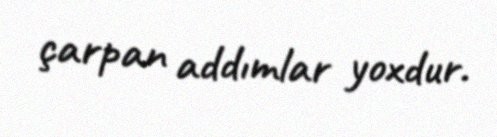
çarpan addımlar yoxdur.